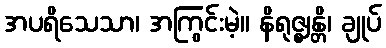
အပရိသေသာ၊ အကြွင်းမဲ့။ နိရုဇ္ဈန္တိ၊ ချုပ်